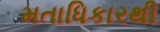
મતાધિકારથી